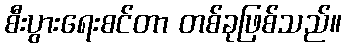
စီးပွားရေးစင်တာ တစ်ခုဖြစ်သည်။